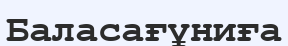
Баласағұниға